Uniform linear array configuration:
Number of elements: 32
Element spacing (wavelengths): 1
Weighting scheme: binomial
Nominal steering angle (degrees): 15
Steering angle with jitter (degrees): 16.209
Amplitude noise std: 0.05
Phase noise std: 0.05

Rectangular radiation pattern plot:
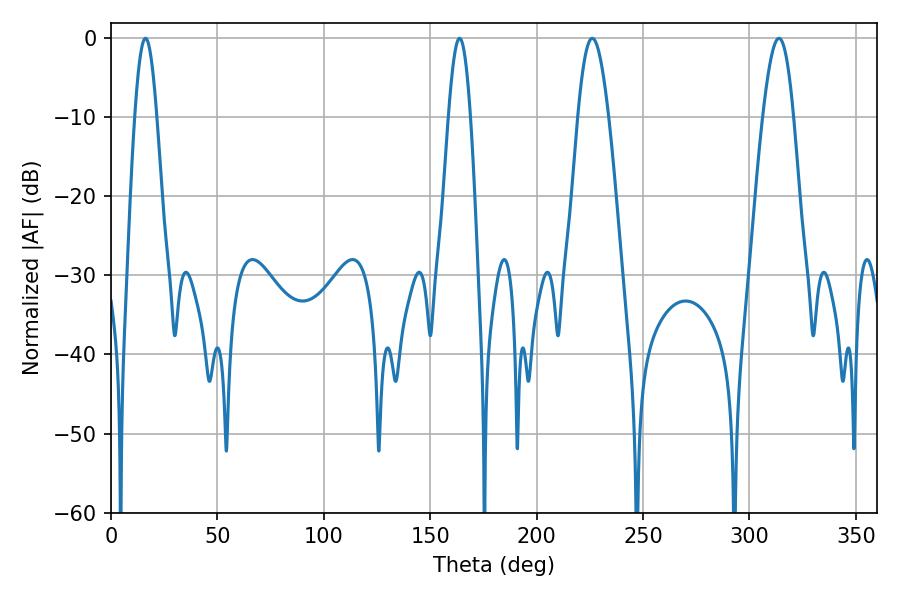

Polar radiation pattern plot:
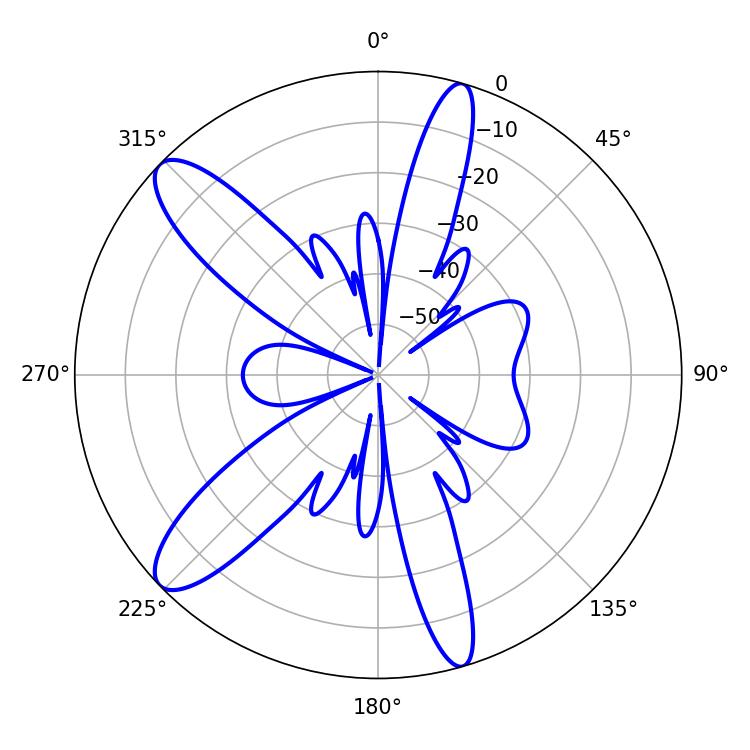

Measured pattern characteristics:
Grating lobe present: TRUE
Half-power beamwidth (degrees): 5.58
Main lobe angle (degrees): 16.2